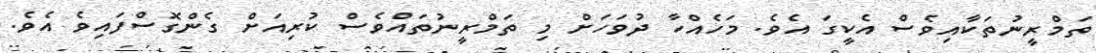
ތަމްރީނުތަކާއިވެސް އެކީގަ އެވެ. މަހެއްހާ ދުވަހަށް މި ތަމްރީނުތައްވެސް ކުރިއަށް ގެންގޮސްފައިވެ އެވެ.